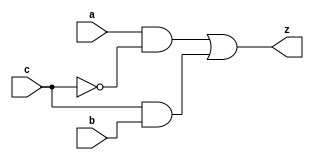
module yMux1(z, a, b, c);
output z;
input a, b, c;
wire notC, upper, lower;

not my_not(notC, c);
and upperAnd(upper, a, notC);
and lowerAnd(lower, c, b);
or my_or(z, upper, lower);

endmodule
module yMux(z, a, b, c);
parameter SIZE = 2;
output [SIZE-1:0] z;
input [SIZE-1:0] a, b;
input c;

yMux1 mux[SIZE-1:0] (z, a, b, c);

endmodule
module yMux4to1(z, a0,a1,a2,a3, c);
parameter SIZE = 2;
output [SIZE-1:0] z;
input [SIZE-1:0] a0, a1, a2, a3;
input [1:0] c;
wire [SIZE-1:0] zLo, zHi;

yMux #(SIZE) lo(zLo, a0, a1, c[0]);
yMux #(SIZE) hi(zHi, a2, a3, c[0]);
yMux #(SIZE) final(z, zLo, zHi, c[1]);

endmodule
module yAdder1(z, cout, a, b, cin);
output z, cout;
input a, b, cin;

xor left_xor(tmp, a, b);
xor right_xor(z, cin, tmp);
and left_and(outL, a, b);
and right_and(outR, tmp, cin);
or my_or(cout, outR, outL);

endmodule
module yAdder(z, cout, a, b, cin);
output [31:0] z;
output cout;
input [31:0] a, b;
input cin;
wire[31:0] in, out;

yAdder1 mine[31:0](z, out, a, b, in);

assign in[0] = cin;
assign in[31:1] = out[30:0];

endmodule
module yArith(z, cout, a, b, ctrl);
// add if ctrl=0, subtract if ctrl=1
output [31:0] z;
output cout;
input [31:0] a, b;
input ctrl;
wire[31:0] notB, tmp;
wire cin;

// instantiate the components and connect them
// Hint: about 4 lines of code
not my_not[31:0](notB, b);
yMux #(.SIZE(32)) mux(tmp, b, notB, ctrl);

assign cin = ctrl;
yAdder mux_2(z, cout, a, tmp, cin);

endmodule
module yAlu(z, ex, a, b, op);
input [31:0] a, b;
input [2:0] op;
wire [31:0] alu_and, alu_or, alu_arith, slt, tmp;
wire cout, condition;
wire [15:0] z16;
wire [7:0] z8;
wire [3:0] z4;
wire [1:0] z2;
wire z1, z0;
output [31:0] z;
output ex;
assign slt[31:1] = 0; // not supported
//assign ex = 0; // not supported
// instantiate the components and connect them
// Hint: about 4 lines of code

or or16[15:0] (z16, z[15:0], z[31:16]);
or or8[7:0] (z8, z16[7:0], z16[15:8]);
or or4[3:0] (z4, z8[3:0], z8[7:4]);
or or2[1:0] (z2, z4[1:0], z4[3:2]);
or or1[15:0] (z1, z2[1], z2[0]);
not zero_not(z0, z1);
assign ex = z0;




xor m_xor(condition, a[31], b[31]);
yArith my_arith2(tmp, cout, a, b, 1'b1);
yMux #(.SIZE(1)) slt_mux(slt[0], tmp[31], a[31], condition);



and my_and[31:0](alu_and, a, b);
or my_or[31:0](alu_or, a, b);
yArith my_arith(alu_arith, cout, a, b, op[2]);
yMux4to1 #(.SIZE(32)) mux(z, alu_and, alu_or, alu_arith, slt, op[1:0]);

endmodule